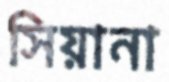
সিয়ানা